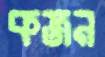
কজন